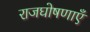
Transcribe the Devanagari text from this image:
राजघोषणाएँ